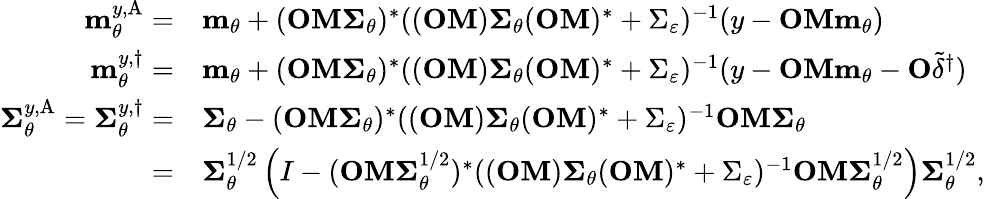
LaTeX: \begin{array}{rl}{\mathbf{m}_{\theta}^{y,\textup{A}}=}&{\mathbf{m}_{\theta}+(\mathbf{OM\Sigma}_{\theta})^{\ast}((\mathbf{OM})\mathbf{\Sigma}_{\theta}(\mathbf{OM})^{\ast}+\Sigma_{\varepsilon})^{-1}(y-\mathbf{OMm}_{\theta})}\\ {\mathbf{m}_{\theta}^{y,\dagger}=}&{\mathbf{m}_{\theta}+(\mathbf{OM\Sigma}_{\theta})^{\ast}((\mathbf{OM})\mathbf{\Sigma}_{\theta}(\mathbf{OM})^{\ast}+\Sigma_{\varepsilon})^{-1}(y-\mathbf{OMm}_{\theta}-\mathbf{O}\widetilde{\delta}^{\dagger})}\\ {\mathbf{\Sigma}_{\theta}^{y,\textup{A}}=\mathbf{\Sigma}_{\theta}^{y,\dagger}=}&{\mathbf{\Sigma}_{\theta}-(\mathbf{OM\Sigma}_{\theta})^{\ast}((\mathbf{OM})\mathbf{\Sigma}_{\theta}(\mathbf{OM})^{\ast}+\Sigma_{\varepsilon})^{-1}\mathbf{OM\Sigma}_{\theta}}\\ {=}&{\mathbf{\Sigma}_{\theta}^{1/2}\left(I-(\mathbf{OM}\mathbf{\Sigma}_{\theta}^{1/2})^{\ast}((\mathbf{OM})\mathbf{\Sigma}_{\theta}(\mathbf{OM})^{\ast}+\Sigma_{\varepsilon})^{-1}\mathbf{OM}\mathbf{\Sigma}_{\theta}^{1/2}\right)\mathbf{\Sigma}_{\theta}^{1/2},}\end{array}